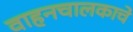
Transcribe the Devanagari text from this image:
वाहनचालकाचे